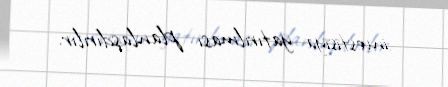
investisiya yatırılması planlaşdırılır.